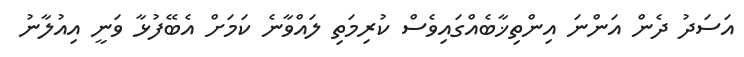
އަސަދު ދެން އަންނަ އިންތިޚާބެއްގައިވެސް ކުރިމަތި ލައްވާނެ ކަމަށް އެބޭފުޅާ ވަނީ އިއުލާނު